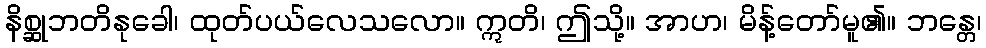
နိစ္ဆုဘတိနုခေါ၊ ထုတ်ပယ်လေသလော။ ဣတိ၊ ဤသို့။ အာဟ၊ မိန့်တော်မူ၏။ ဘန္တေ၊